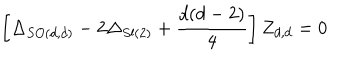
LaTeX: \left[ \Delta _ { S O ( d , d ) } - 2 \Delta _ { S l ( 2 ) } + \frac { d ( d - 2 ) } { 4 } \right] Z _ { d , d } = 0